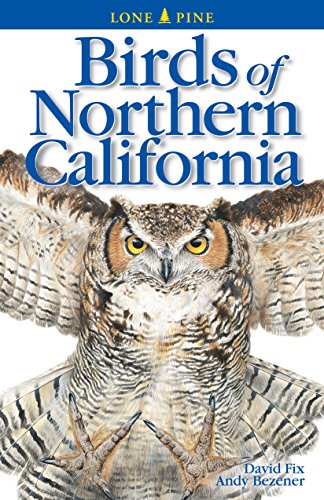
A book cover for Birds of Northern California (Lone Pine Field Guides); David Fix; Travel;